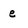
Character: e